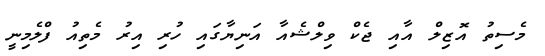
މެސިތު އޮޒިލް އާއި ޖެކް ވިލްޝެއާ އަނިޔާގައި ހުރި އިރު މެތިއު ފްލެމިނީ